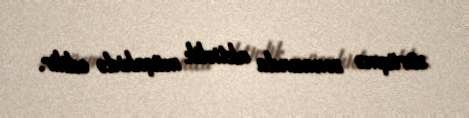
sürüşmə zonasında aktivlik müşahidə edilir.